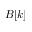
B [ k ]